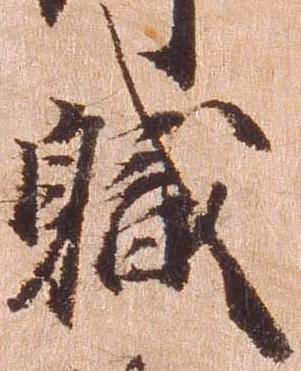
職